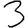
Digit: 3